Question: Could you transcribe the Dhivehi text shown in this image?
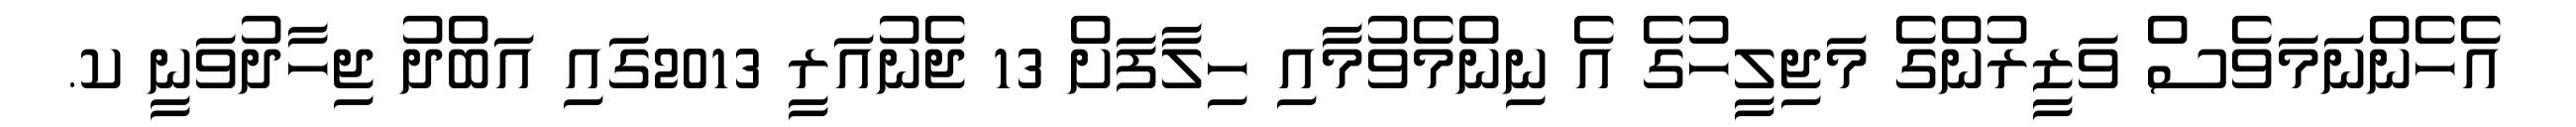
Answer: އެހެންނަމަވެސް ވަޒީރުންގެ މަޖިލީހުގެ އެ ނިންމެވުމާއި ހިލާފަށް 13 ޖެނުއަރީ 2013ގައި އަބްދު ޖިހާދުވަނީ ކ.